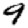
Digit: 9